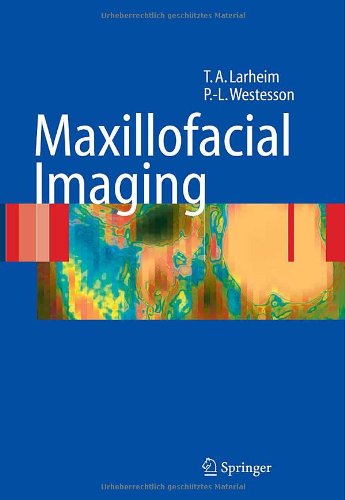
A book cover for Maxillofacial Imaging; Tore A. Larheim; Medical Books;